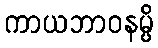
ကာယဘာဝနမ္ပိ